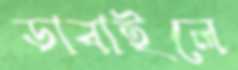
ডাবাইলে